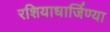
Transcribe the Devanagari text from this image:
रशियाधार्जिण्या